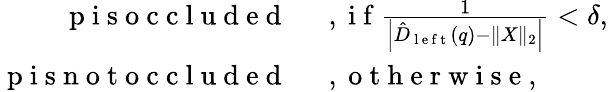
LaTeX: \begin{array}{rl}{\mathrm{~p~i~s~o~c~c~l~u~d~e~d~}\, }&{{}\mathrm{~,~i~f~}\frac{1}{\left|\hat{D}_{\mathrm{~l~e~f~t~}}(q)-\| X\| _{2}\right|}<\delta,}\\ {\mathrm{~p~i~s~n~o~t~o~c~c~l~u~d~e~d~}\, }&{{}\mathrm{~,~o~t~h~e~r~w~i~s~e~},}\end{array}